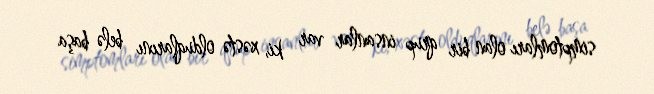
simptomları olan bir qrup insanlar var ki, xəstə olduqlarını belə başa